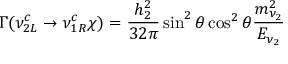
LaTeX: \Gamma ( \nu _ { 2 L } ^ { c } \rightarrow \nu _ { 1 R } ^ { c } \chi ) = \frac { h _ { 2 } ^ { 2 } } { 3 2 \pi } \sin ^ { 2 } { \theta } \cos ^ { 2 } { \theta } \frac { m _ { \nu _ { 2 } } ^ { 2 } } { E _ { \nu _ { 2 } } }